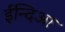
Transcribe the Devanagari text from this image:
ईन्दिआ